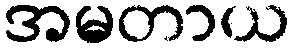
အမတာယ